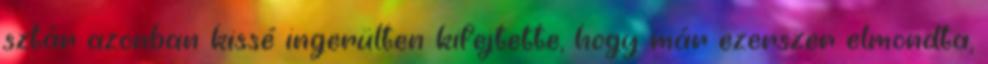
sztár azonban kissé ingerülten kifejtette, hogy már ezerszer elmondta,